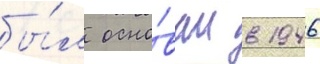
бы́л осно́ван в 1946